[Report on the health of British troops in the Madras command]
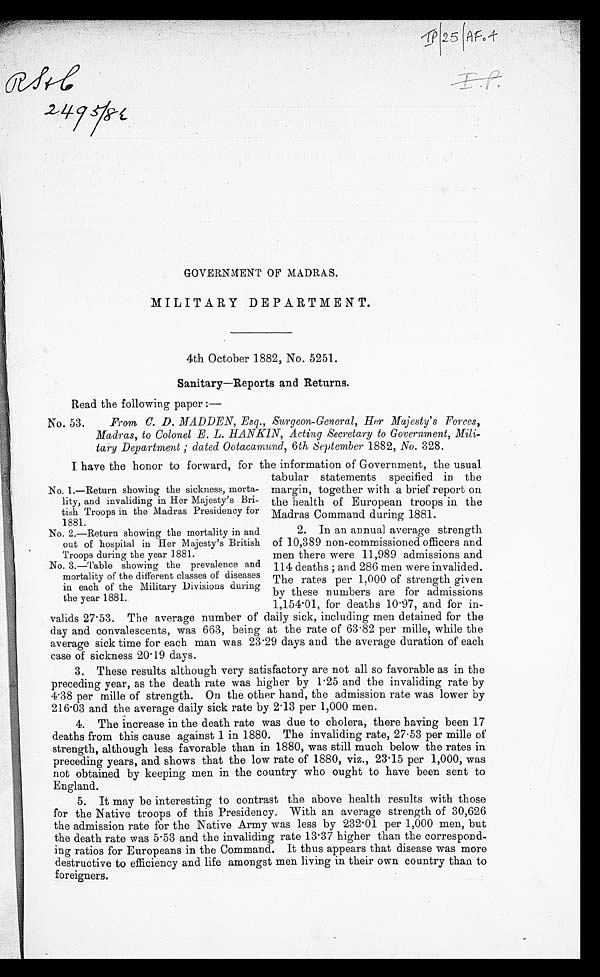
GOVERNMENT OF MADRAS.
MILITARY DEPARTMENT.
4th October 1882, No. 5251.
Sanitary—Reports and Returns.
Read the following paper :—
No. 53. From C. D. MADDEN, Esq., Surgeon-General, Her Majesty's Forces,
Madras, to Colonel E. L. HANKIN, Acting Secretary to Government, Mili
-tary Department ; dated Ootacamund, 6 th September 1882, No. 328.
I have the honor to forward, for the information of Government, the usual
tabular statements specified in the
margin, together with a brief report on
the health of European troops in the
Madras Command during 1881.
2. In an annual average strength
of 10,389 non-commissioned officers and
men there were 11,989 admissions and
114 deaths ; and 286 men were invalided.
The rates per 1,000 of strength given
by these numbers are for admissions
1,154.01, for deaths 10.97, and for in
-
valids 27.53. The average number of daily sick, including men detained for the
day and convalescents, was 663, being at the rate of 63.82 per mille, while the
average sick time for each man was 23.29 days and the average duration of each
case of sickness 20.19 days.
3. These results although very satisfactory are not all so favorable as in the
preceding year, as the death rate was higher by 1.25 and the invaliding rate by
4.38 per mille of strength. On the other hand, the admission rate was lower by
216.03 and the average daily sick rate by 2.13 per 1,000 men.
4. The increase in the death rate was due to cholera, there having been 17
deaths from this cause against 1 in 1880. The invaliding rate, 27.53 per mille of
strength, although less favorable than in 1880, was still much below the rates in
preceding years, and shows that the low rate of 1880, viz., 23.15 per 1,000, was
not obtained by keeping men in the country who ought to have been sent to
England.
5. It may be interesting to contrast the above health results with those
for the Native troops of this Presidency, With an average strength of 30,626
the admission rate for the Native Army was less by 232.01 per 1,000 men, but
the death rate was 5.53 and the invaliding rate 13.37 higher than the correspond
-ing ratios for Europeans in the Command. It thus appears that disease was more
destructive to efficiency and life amongst men living in their own country than to
foreigners.
No. 1.—Return showing the sickness, morta
-lity, and invaliding in Her Majesty's Bri
-tish Troops in the Madras Presidency for
1881.
No. 2.—Return showing the mortality in and
out of hospital in Her Majesty's British
Troops during the year 1881.
No. 3.—Table showing the prevalence and
mortality of the different classes of diseases
in each of the Military Divisions during
the year 1881.